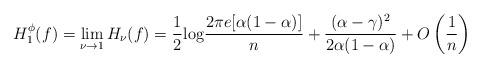
LaTeX: \begin{align*} H^{\phi}_{1}(f) = \lim_{\nu \to 1}H_{\nu}(f) = \frac{1}{2} {\rm log}\frac{2 \pi e [\alpha (1-\alpha)]}{n} + \frac{(\alpha-\gamma)^2}{2\alpha (1-\alpha)}+ O\left(\frac{1}{n} \right) \end{align*}